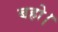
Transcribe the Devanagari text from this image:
बहो।